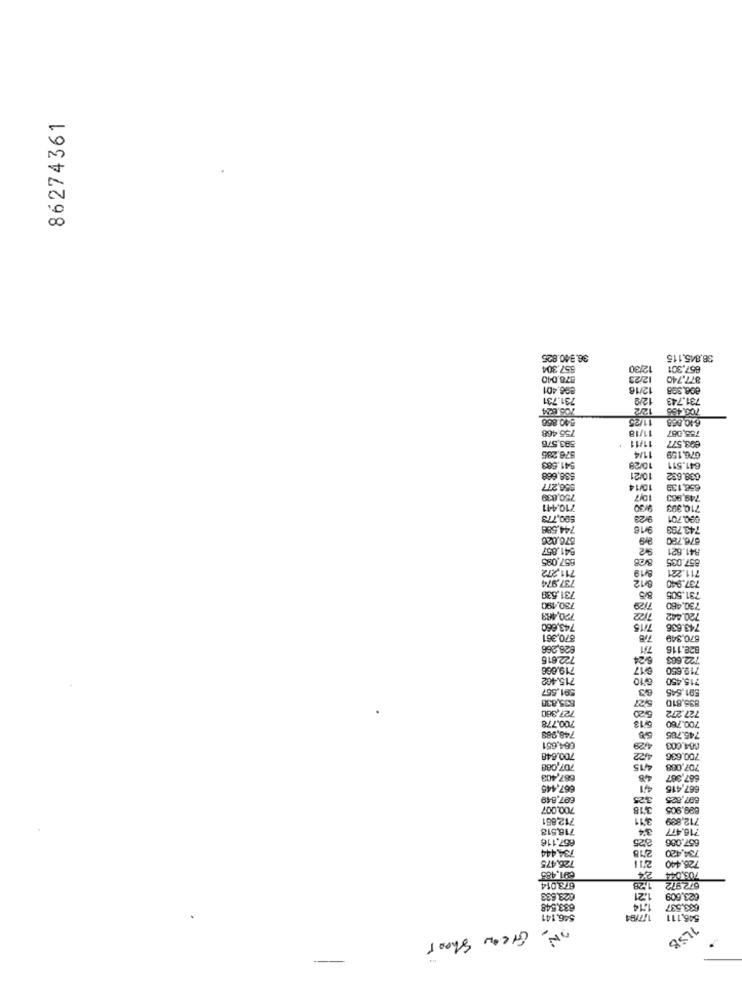
86274361
36.940.825
38,845.115
857.304
12/30
667.301
578.040
12/23
877.740
896.401
12/16
731.731
12/9
731.743
705.0004
12/2
840.856
11/25
6.10.883
755.468
11/18
755,087
593,576
€93,577
11/11
676.159
576,285
11/4
$41.583
10/28
641.511
$38,668
10/21
638.632
$56,277
10/14
658,139
750,839
10/7
749,963
710,441
9/30
710,393
500,773
9/23
090.701
744,588
743.793
576.026
676,780
541.857
841.621
657.095
857.035 8/28
711,272
8/19
711.221
737,974
8/12
737.940
8/5
731.505
731,539
730.460
730,190
7129
720.442
720,469
7/2
743,660
7/15
743.636
870,361
670.349
628,266
781
822.116
722.615
6/24
722.663
719.006
@17
719.650
715.462
10
715,450
591.557
63
591.645
635,830
5/27
835,810
727,380
5:20
727.272
700.778
5/18
700.760
745.785
748,983
084,651
4/29
700.648
4/22
700.636
707,088
4/15
707,088
687,403
48
667,367
667.445
667,415
627.849
697,825 3,25
700.007
3/18
899,905
712,861
341
712,899
718,518
716.477
657.116
657.086 2:25
736.444
734,420 218
725,475
726.440
2'11
672972
708.044
673.014
1.21
623.633
1514
623,609
633.548
633.537
546.141
46,111
One Green Shoot
ILSB